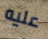
عليه